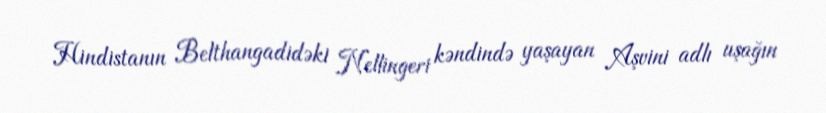
Hindistanın Belthangadidəki Nellingeri kəndində yaşayan Aşvini adlı uşağın